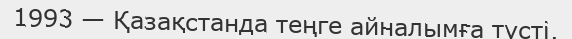
1993 — Қазақстанда теңге айналымға түсті.